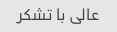
عالی با تشکر